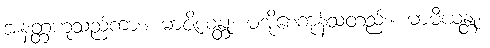
အနတ္တဟူသည်ကား။ မာဇိယန္တု၊ မအိုစေကုန်သတည်း။ မာမီယန္တု၊